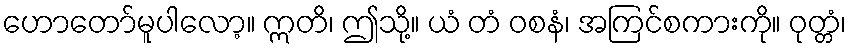
ဟောတော်မူပါလော့။ ဣတိ၊ ဤသို့။ ယံ တံ ဝစနံ၊ အကြင်စကားကို။ ဝုတ္တံ၊